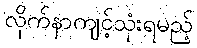
လိုက်နာကျင့်သုံးရမည့်